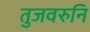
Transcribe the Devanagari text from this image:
तुजवरुनि